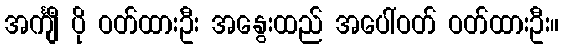
အင်္ကျီ ပို ဝတ်ထားဦး အနွေးထည် အပေါ်ဝတ် ဝတ်ထားဦး။